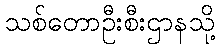
သစ်တောဦးစီးဌာနသို့